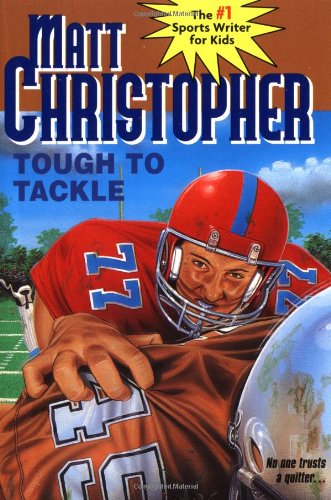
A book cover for Tough to Tackle (Matt Christopher Sports Classics); Matt Christopher; Children's Books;